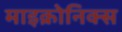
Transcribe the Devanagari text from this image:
माइक्रोनिक्स